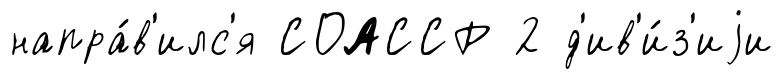
напра́в'илс'я СОАССР 2 д'ив'и́з'иjи